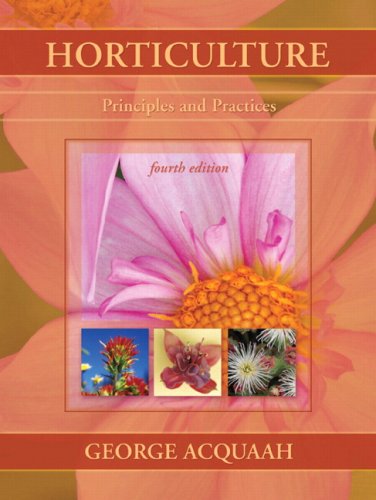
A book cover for Horticulture: Principles and Practices (4th Edition); George Acquaah; Science & Math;